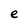
Character: e